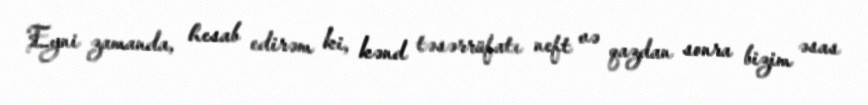
Eyni zamanda, hesab edirəm ki, kənd təsərrüfatı neft və qazdan sonra bizim əsas